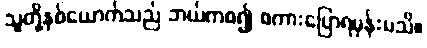
သူတို့နှစ်ယောက်သည် ဘယ်ကစ၍ စကားပြောရမှန်းမသိ။